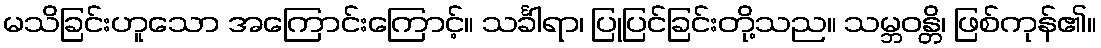
မသိခြင်းဟူသော အကြောင်းကြောင့်။ သင်္ခါရာ၊ ပြုပြင်ခြင်းတို့သည။ သမ္ဘဝန္တိ၊ ဖြစ်ကုန်၏။